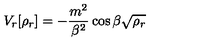
V _ { r } [ \rho _ { r } ] = - \frac { m ^ { 2 } } { \beta ^ { 2 } } \cos \beta \sqrt { \rho _ { r } }